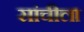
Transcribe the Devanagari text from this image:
सांचीला